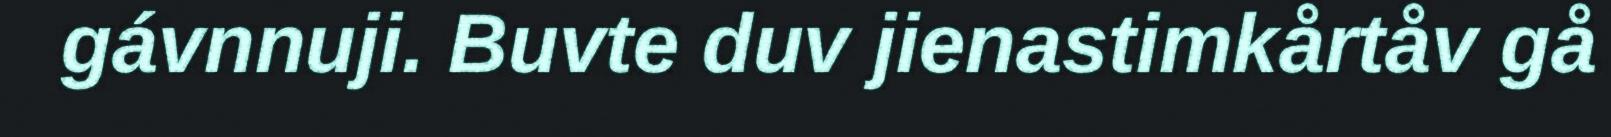
gávnnuji. Buvte duv jienastimkårtåv gå